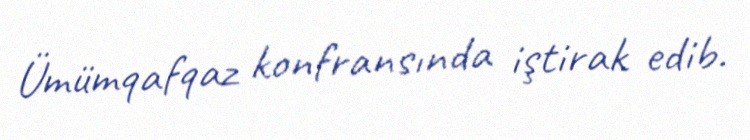
Ümümqafqaz konfransında iştirak edib.